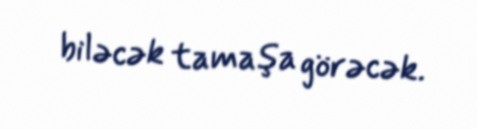
biləcək tamaşa görəcək.